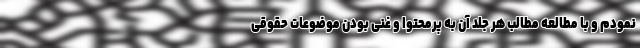
نمودم و با مطالعه مطالب هر جلد آن به پرمحتوا و غنی بودن موضوعات حقوقی